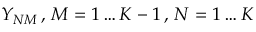
Y _ { N M } \, , \, M = 1 \ldots K - 1 \, , \, N = 1 \ldots K